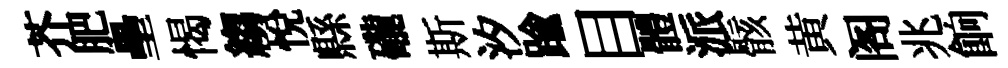
芥肥壘愒縐悦縣礲斯汐踰目體派骸黄阁兆餉